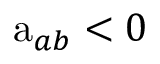
\mathrm { a } _ { a b } < 0